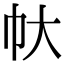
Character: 𢁖